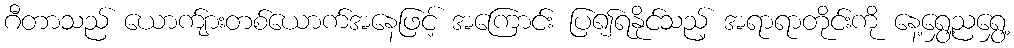
ဂီတာသည် ယောက်ျားတစ်ယောက်အနေဖြင့် အကြောင်း ပြ၍ရနိုင်သည့် အရာရာတိုင်းကို နေ့ရွှေ့ညရွှေ့